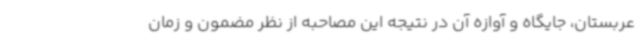
عربستان، جایگاه و آوازه آن در نتیجه این مصاحبه از نظر مضمون و زمان